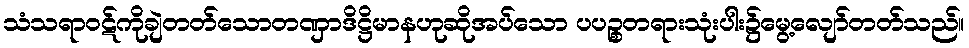
သံသရာဝဋ်ကိုချဲတတ်သောတဏှာဒိဋ္ဌိမာနဟုဆိုအပ်သော ပပဉ္စတရားသုံးပါး၌မွေ့လျော်တတ်သည်။